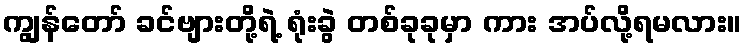
ကျွန်တော် ခင်ဗျားတို့ရဲ့ ရုံးခွဲ တစ်ခုခုမှာ ကား အပ်လို့ရမလား။